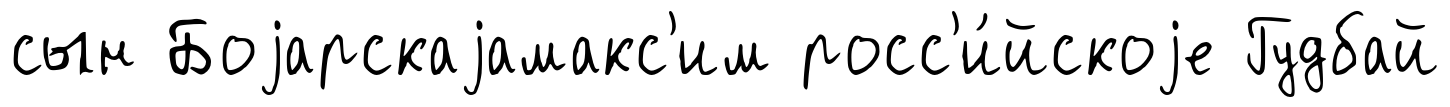
сын Боjарскаjамакс'им росс'и́йскоjе Гудбай